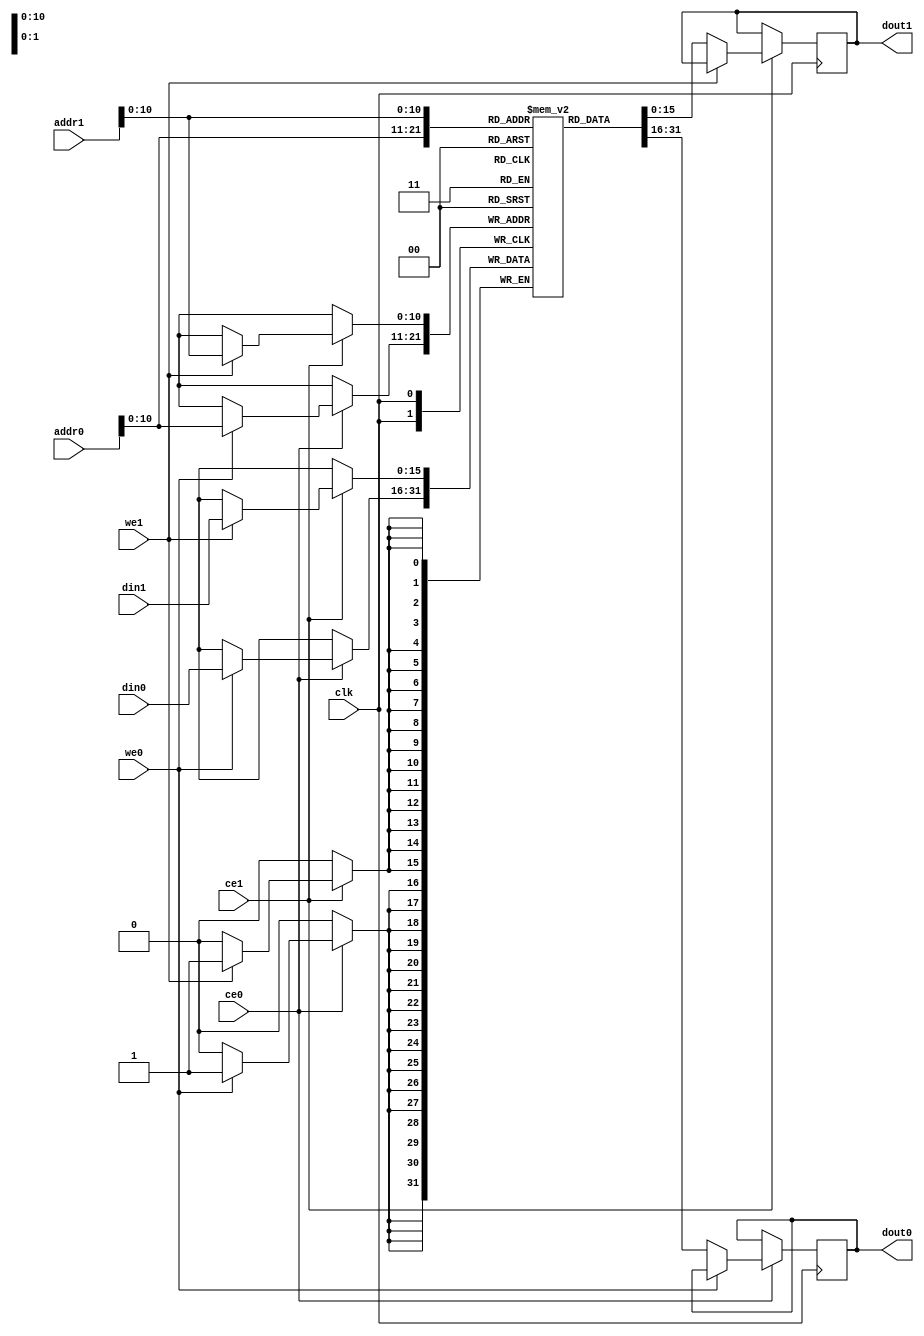
`timescale 1ns / 1ps

module DPBRAM #
(
                    parameter integer DWIDTH = 16,              // DPRAM Data
                    parameter integer AWIDTH = 16,              // DPRAM Memory Depth   
                    parameter integer MEM_SIZE = 1300          // DPRAM Memory Depth
)

(
                    input clk,
                    input [AWIDTH -1 : 0] addr0,
                    input ce0,
                    input we0,
                    input [DWIDTH - 1 : 0]din0,
                    output reg [DWIDTH -1 : 0] dout0,
                    
                    input [AWIDTH - 1 : 0] addr1,
                    input ce1,
                    input we1,
                    input [DWIDTH - 1 : 0] din1,
    
                    output reg [DWIDTH - 1 : 0] dout1
);
 
(* RAM_STYLE = "BLOCK"*) reg [DWIDTH -1 :0] ram[0:MEM_SIZE-1];

always@(posedge clk) 
begin
    if(ce0)
    begin
        if(we0)
            ram[addr0] <= din0;
        else
            dout0 <= ram[addr0];
    end
end

always@(posedge clk) 
begin
    if(ce1)
    begin
        if(we1)
            ram[addr1] <= din1;
        else
            dout1 <= ram[addr1];
    end
end
            
endmodule